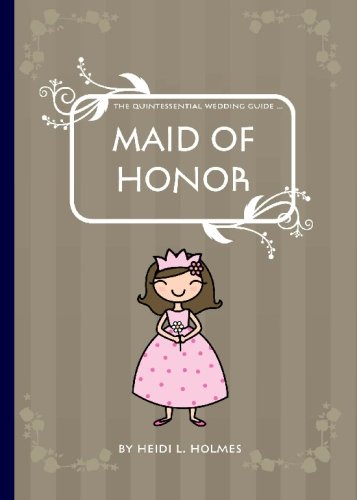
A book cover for The Quintessential Wedding Guide ... Maid of Honor; Heidi L Holmes; Crafts, Hobbies & Home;